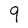
Character: q